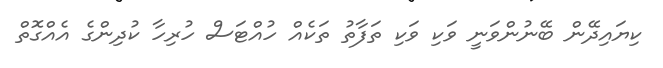
ކިޔައިދޭން ބޭނުންވަނީ ވަކި ވަކި ތަފާތު ތަކެއް ހުއްޓަސް ހުރިހާ ކުދިންގެ އެއްގޮތް